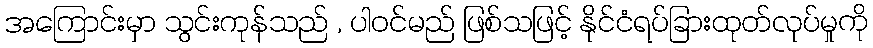
အကြောင်းမှာ သွင်းကုန်သည် , ပါဝင်မည် ဖြစ်သဖြင့် နိုင်ငံရပ်ခြားထုတ်လုပ်မှုကို